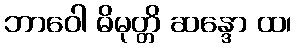
ဘာဝေါ ဓိမုတ္တိ ဆန္ဒော ထ၊